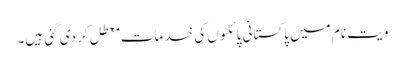
ویت نام میں پاکستانی پائلٹوں کی خدمات معطل کردی گئی ہیں۔